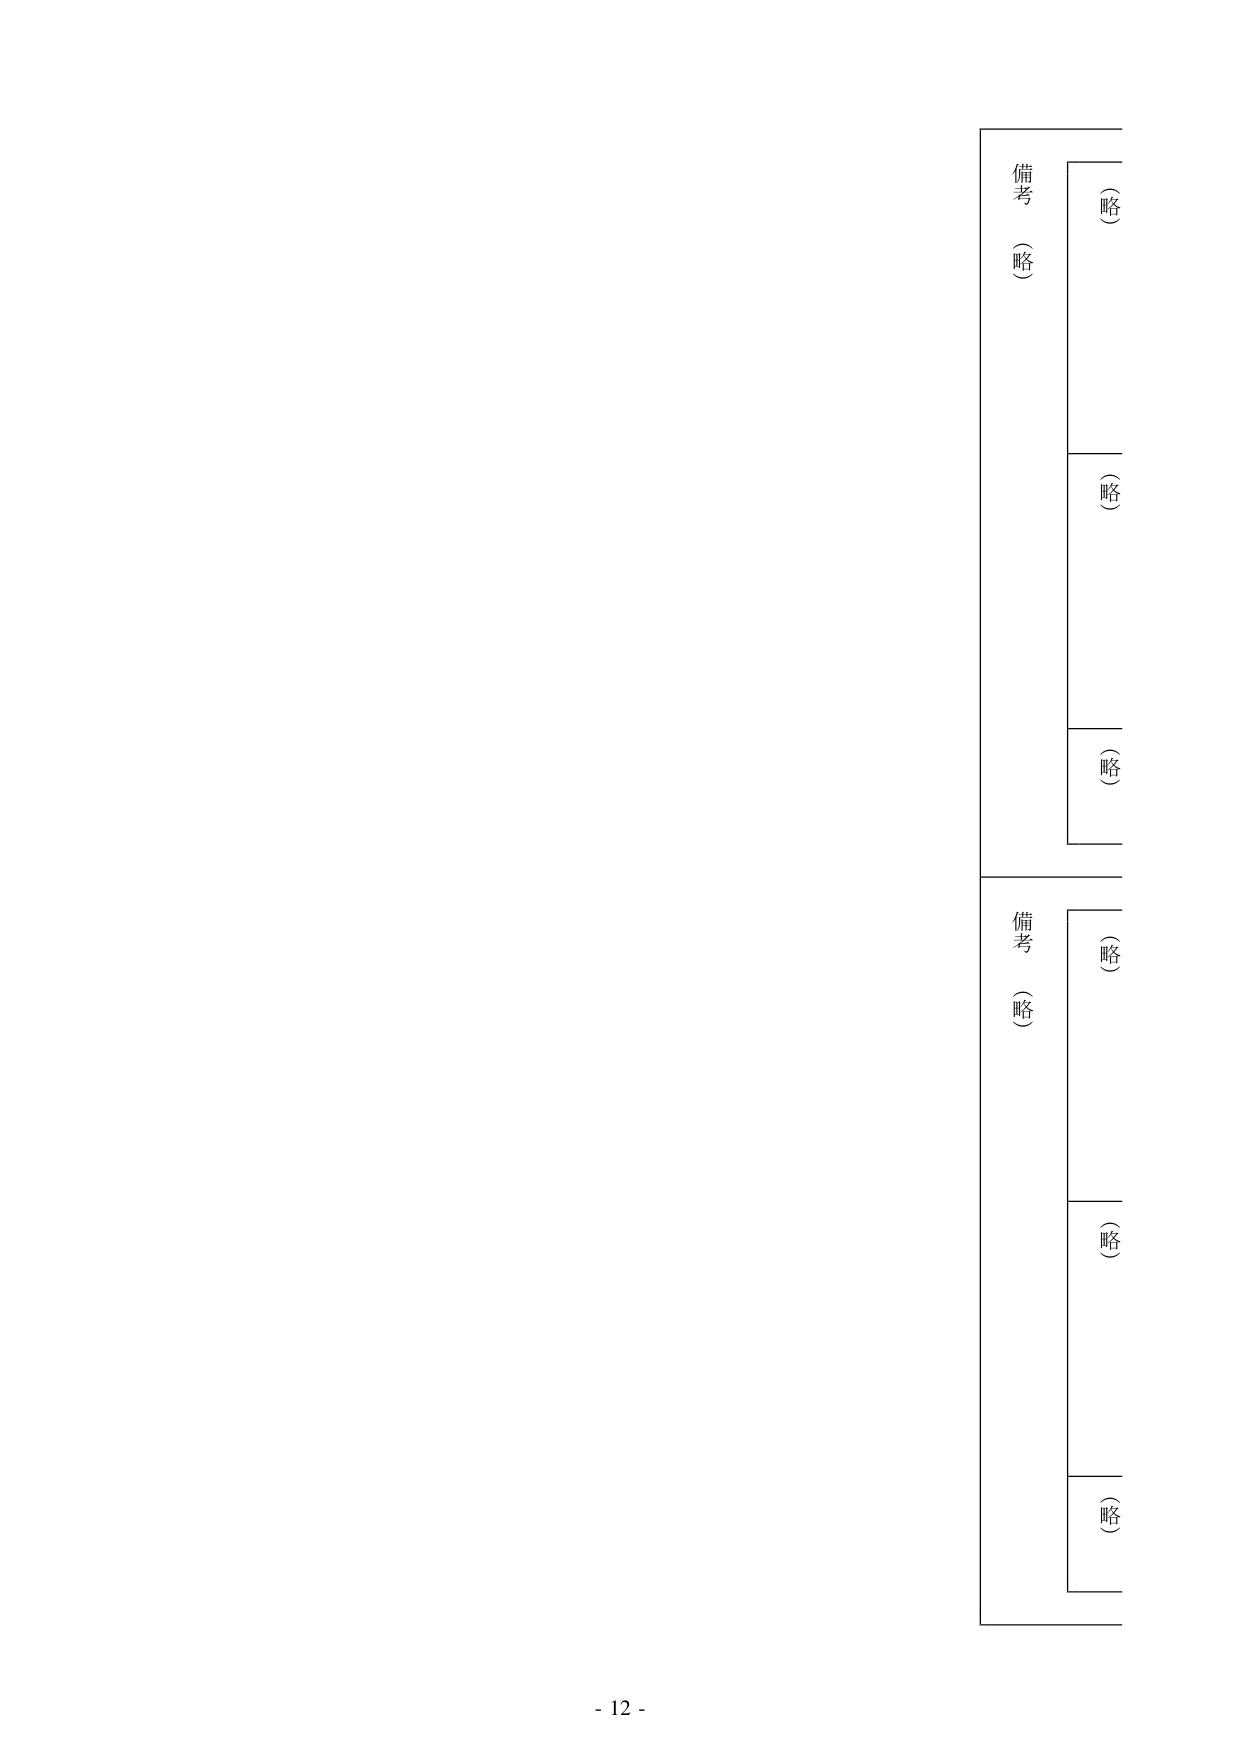
備考（略）
（略）
（略）
（略）
備考（略）
（略）
（略）
（略）
- 12 -